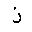
Letter: _zay